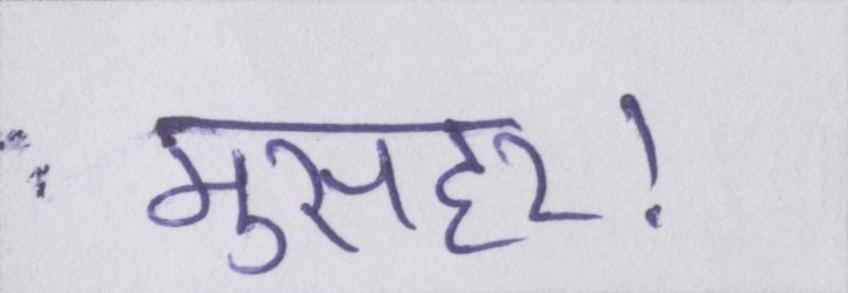
मुसहर।